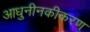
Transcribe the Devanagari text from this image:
आधुनीनकीकरण